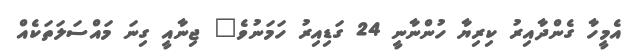
އެމީހާ ގެންދާއިރު ކިރިޔާ ހުންނާނީ 24 ގަޑިއިރު ހަމަނުވެ" ޖިނާއީ ގިނަ މައްސަލަތަކެއް